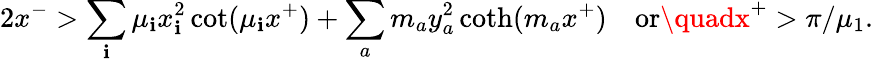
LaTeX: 2x^{-}>\sum_{\mathbf{i}}\mu_{\mathbf{i}}x_{\mathbf{i}}^{2}\cot(\mu_{\mathbf{i}}x^{+})+\sum_{a}m_{a}y_{a}^{2}\coth(m_{a}x^{+})\quad\mathrm{{or}}\quadx^{+}>\pi/\mu_{1}.